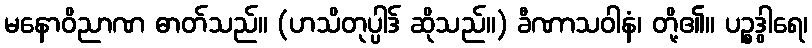
မနောဝိညာဏ ဓာတ်သည်။ (ဟသိတုပ္ပါဒ် ဆိုသည်။) ခီဏာသဝါနံ၊ တို့၏။ ပဉ္စဒွါရေ၊